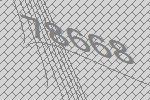
78668